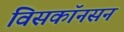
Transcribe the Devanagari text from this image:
विसकॉनसन